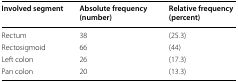
<table><thead><tr><td><b>Involved segment</b></td><td><b>Absolute frequency (number)</b></td><td><b>Relative frequency (percent)</b></td></tr></thead><tbody><tr><td>Rectum</td><td>38</td><td>(25.3)</td></tr><tr><td>Rectosigmoid</td><td>66</td><td>(44)</td></tr><tr><td>Left colon</td><td>26</td><td>(17.3)</td></tr><tr><td>Pan colon</td><td>20</td><td>(13.3)</td></tr></tbody></table>